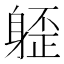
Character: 𰹁